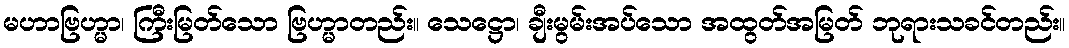
မဟာဗြဟ္မာ၊ ကြီးမြတ်သော ဗြဟ္မာတည်း။ သေဋ္ဌော၊ ချီးမွမ်းအပ်သော အထွတ်အမြတ် ဘုရားသခင်တည်း။